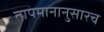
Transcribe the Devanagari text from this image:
तापमानानुसारच